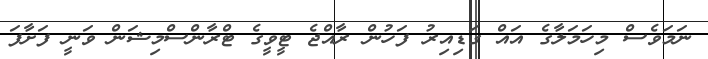
ނަމަވެސް މިހަމަލާގެ އައް ގަޑިއިރު ފަހުން ރާއްޖެ ޓީވީގެ ޓްރާންސްމިޝަން ވަނީ ފަށާފަ